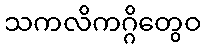
သကလိကဂ္ဂိတွေဝ